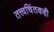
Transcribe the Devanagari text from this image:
तत्त्वचिंतकही